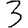
Digit: 3